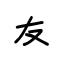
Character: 友